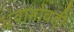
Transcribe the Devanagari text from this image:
धृवाभोवती